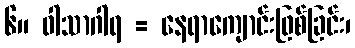
၆။ ဝါသာဂါရ = နေရာကျောင်းဖြစ်ခြင်း၊